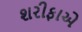
શરીફાએ